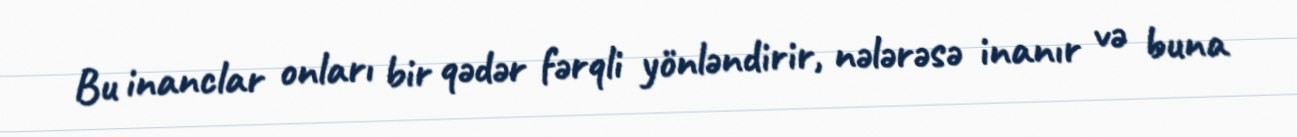
Bu inanclar onları bir qədər fərqli yönləndirir, nələrəsə inanır və buna